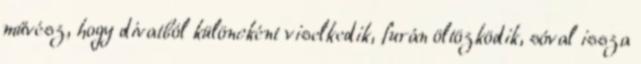
művész, hogy divatból különcként viselkedik, furán öltözködik, sóval issza